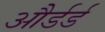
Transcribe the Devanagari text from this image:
और्डर्ड